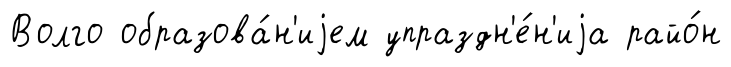
Волго образова́н'иjем упраздн'е́н'иjа райо́н